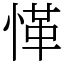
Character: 愅